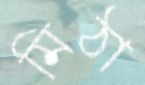
মিঠা